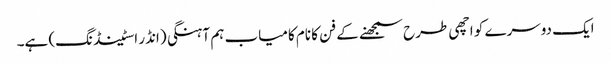
ایک دوسرے کو اچھی طرح سمجھنے کے فن کا نام کامیاب ہم آہنگی (انڈر اسٹینڈنگ) ہے۔